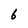
Character: 6